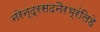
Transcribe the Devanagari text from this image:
नरेन्द्रसदनैरभ्रंलिहे